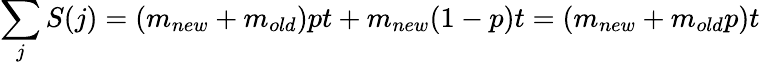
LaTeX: \sum_{j}{S(j)}=(m_{new}+m_{old})pt+m_{new}(1-p)t=(m_{new}+m_{old}p)t